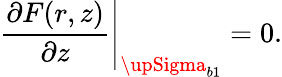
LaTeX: \frac{\partial F(r,z)}{\partial z}\Bigg|_{{\upSigma}_{b1}}=0.